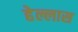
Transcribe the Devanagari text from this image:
हेल्लास